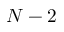
N - 2